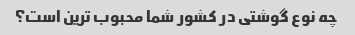
چه نوع گوشتی در کشور شما محبوب ترین است؟